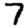
Digit: 7